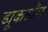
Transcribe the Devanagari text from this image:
ड्यूकडॉम